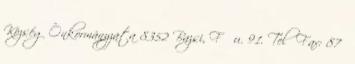
Község Önkormányzata 8352 Bazsi, Fő u. 91. Tel Fax: 87